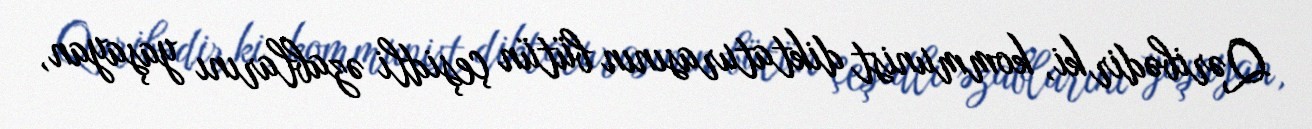
Qəribədir ki, kommunist diktaturasının bütün çeşidli əzablarını yaşayan,